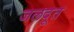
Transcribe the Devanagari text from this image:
जलदूत